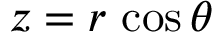
z = r \, \cos \theta